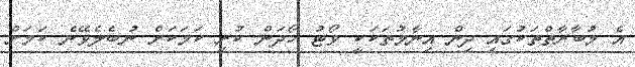
އެ މުބާރާތްތަކުގައި ދިން އިނާމުތަކަކީ ވޯޓު ހޯދަން ކުރި ކަމަކަށް ނުބެލެވޭނެ ކަމަށް